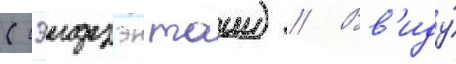
(сэидзэн таии) // Вв'иду́